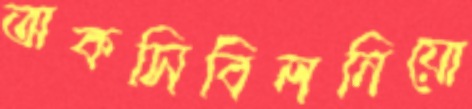
অকসিবিলনিয়ো